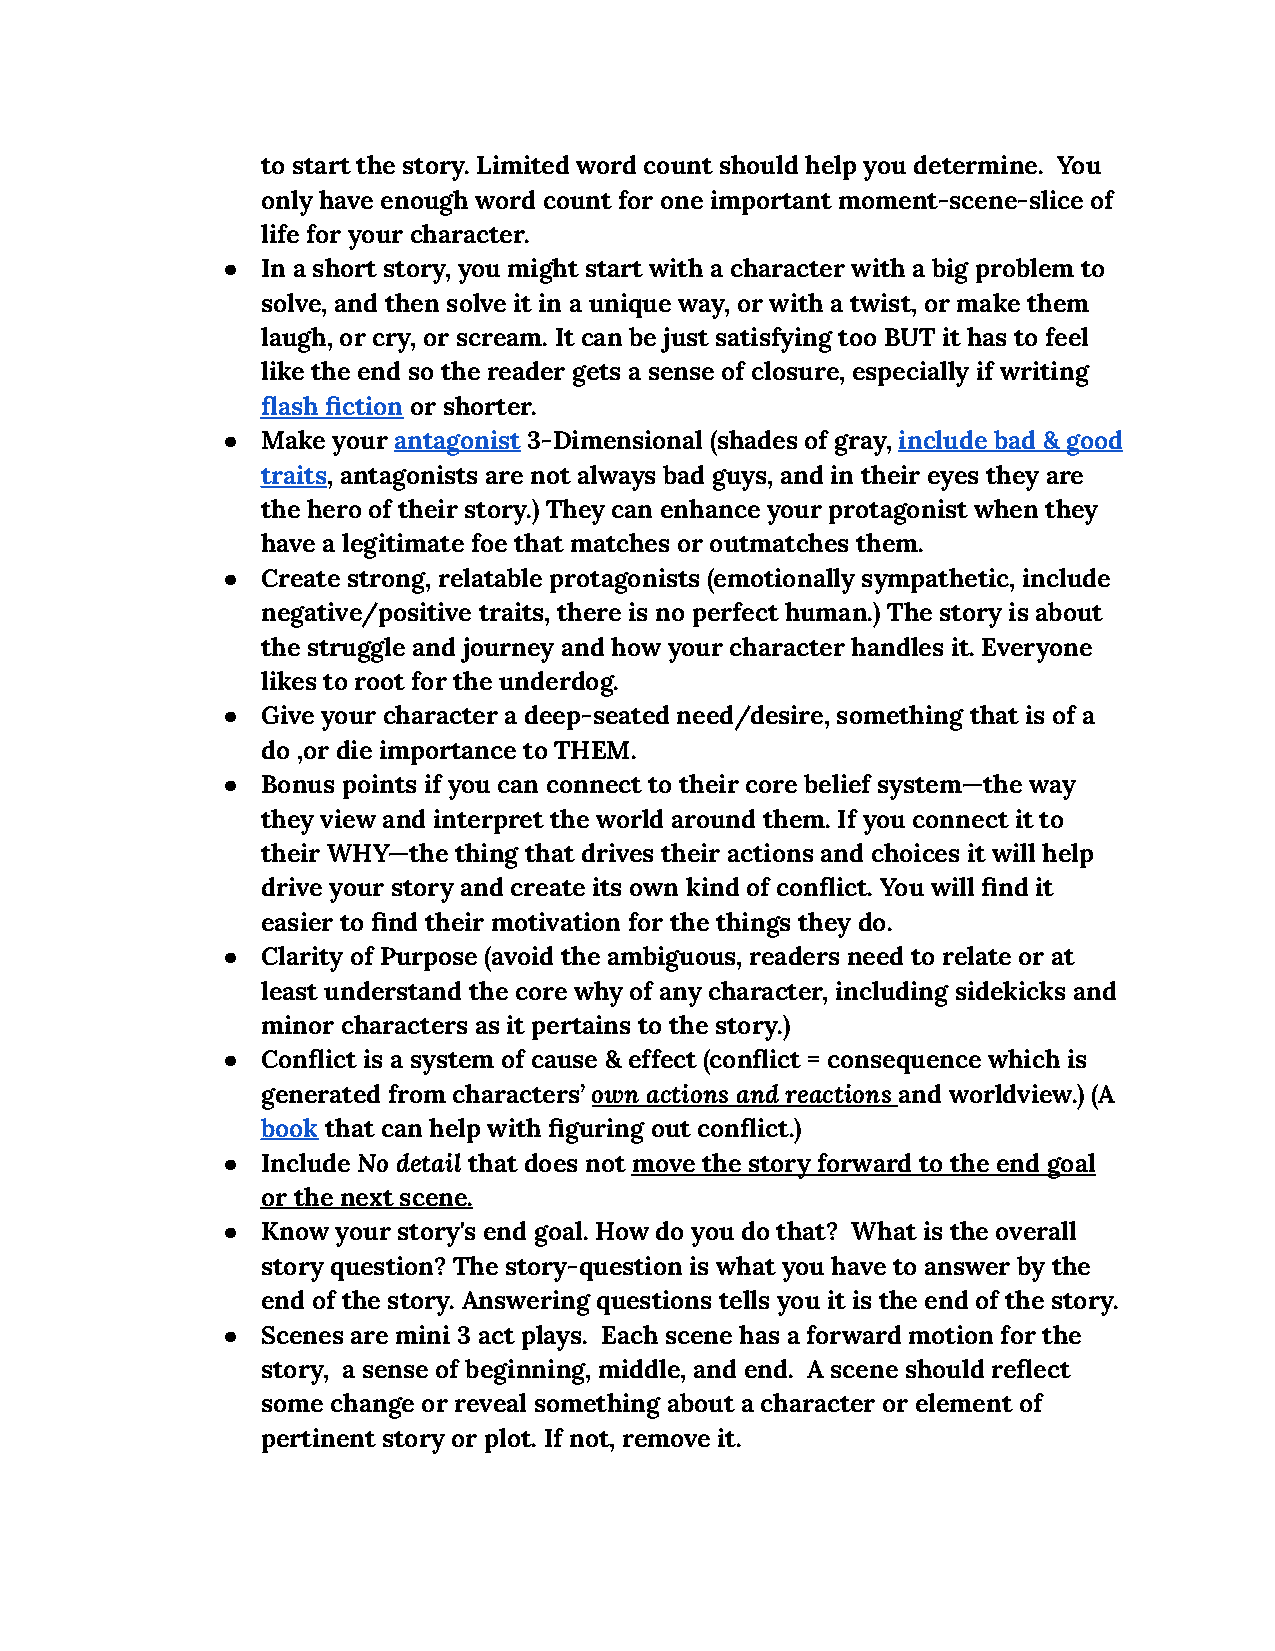
to start the story. Limited word count should help you determine. You
 only have enough word count for one important moment-scene-slice of
 life for your character.
 ● In a short story, you might start with a character with a big problem to
 solve, and then solve it in a unique way, or with a twist, or make them
 laugh, or cry, or scream. It can be just satisfying too BUT it has to feel
 like the end so the reader gets a sense of closure, especially if writing
 flash fiction or shorter.
 ● Make your antagonist 3-Dimensional (shades of gray, include bad & good
 traits, antagonists are not always bad guys, and in their eyes they are
 the hero of their story.) They can enhance your protagonist when they
 have a legitimate foe that matches or outmatches them.
 ● Create strong, relatable protagonists (emotionally sympathetic, include
 negative/positive traits, there is no perfect human.) The story is about
 the struggle and journey and how your character handles it. Everyone
 likes to root for the underdog.
 ● Give your character a deep-seated need/desire, something that is of a
 do ,or die importance to THEM.
 ● Bonus points if you can connect to their core belief system—the way
 they view and interpret the world around them. If you connect it to
 their WHY—the thing that drives their actions and choices it will help
 drive your story and create its own kind of conflict. You will find it
 easier to find their motivation for the things they do.
 ● Clarity of Purpose (avoid the ambiguous, readers need to relate or at
 least understand the core why of any character, including sidekicks and
 minor characters as it pertains to the story.)
 ● Conflict is a system of cause & effect (conflict = consequence which is
 generated from characters’ own actions and reactions and worldview.) (A
 book that can help with figuring out conflict.)
 ● Include No detail that does not move the story forward to the end goal
 or the next scene.
 ● Know your story's end goal. How do you do that? What is the overall
 story question? The story-question is what you have to answer by the
 end of the story. Answering questions tells you it is the end of the story.
 ● Scenes are mini 3 act plays. Each scene has a forward motion for the
 story, a sense of beginning, middle, and end. A scene should reflect
 some change or reveal something about a character or element of
 pertinent story or plot. If not, remove it.